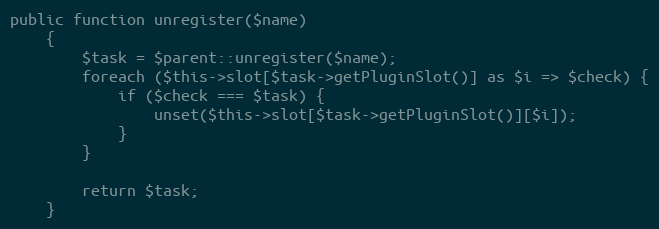
Language: PHP
public function unregister($name)
    {
        $task = $parent::unregister($name);
        foreach ($this->slot[$task->getPluginSlot()] as $i => $check) {
            if ($check === $task) {
                unset($this->slot[$task->getPluginSlot()][$i]);
            }
        }

        return $task;
    }